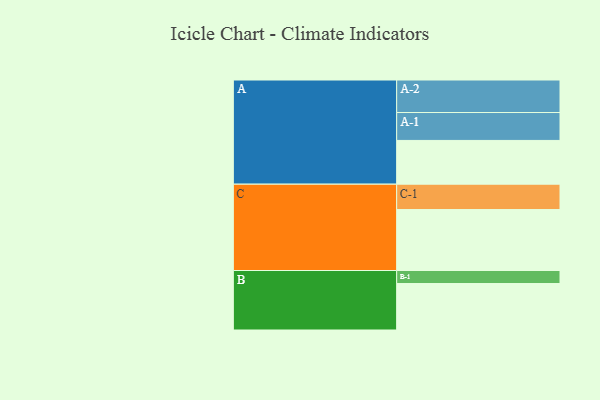
{"axis": {"x": "Segment", "y": "Value"}, "legend": ["", "A", "B", "C"], "data": [{"x": "A", "y": 323, "type": ""}, {"x": "B", "y": 343, "type": ""}, {"x": "C", "y": 450, "type": ""}, {"x": "A-1", "y": 206, "type": "A"}, {"x": "A-2", "y": 240, "type": "A"}, {"x": "B-1", "y": 96, "type": "B"}, {"x": "C-1", "y": 187, "type": "C"}]}